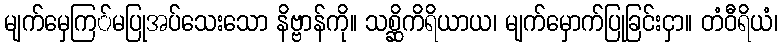
မျက်မှေကြ်မပြုအပ်သေးသော နိဗ္ဗာန်ကို။ သစ္ဆိကိရိယာယ၊ မျက်မှောက်ပြုခြင်းငှာ။ တံဝီရိယံ၊